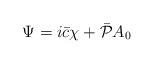
LaTeX: \begin{align*}\Psi = i\bar c \chi + \bar {\cal P} A_0\end{align*}